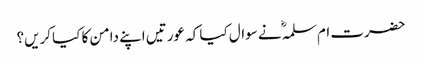
حضرت ام سلمہؓ نے سوال کیا کہ عورتیں اپنے دامن کا کیا کریں؟